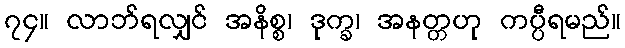
၇၄။ လာဘ်ရလျှင် အနိစ္စ၊ ဒုက္ခ၊ အနတ္တဟု ကပ္ပီရမည်။